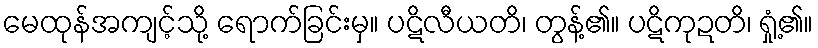
မေထုန်အကျင့်သို့ ရောက်ခြင်းမှ။ ပဋိလီယတိ၊ တွန့်၏။ ပဋိကုဍတိ၊ ရှုံ့၏။